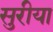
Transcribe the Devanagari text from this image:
सुरीया